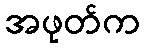
အဖုတ်က